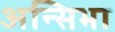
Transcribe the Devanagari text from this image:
अन्सिभा